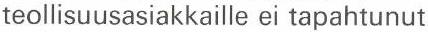
teollisuusasiakkaille ei tapahtunut